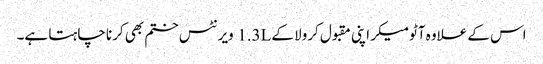
اس کے علاوہ آٹومیکر اپنی مقبول کرولا کے 1.3L ویرنٹس ختم بھی کرنا چاہتا ہے۔